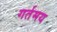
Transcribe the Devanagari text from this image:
गर्तमय